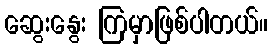
ဆွေးနွေး ကြမှာဖြစ်ပါတယ်။